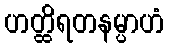
ဟတ္ထိရတနမ္ပာဟံ